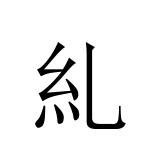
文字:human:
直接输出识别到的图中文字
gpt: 糺